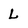
Character: L